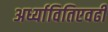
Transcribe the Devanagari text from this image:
अर्ध्यावितिएवढी